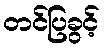
တင်ပြခွင့်